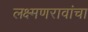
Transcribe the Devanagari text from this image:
लक्ष्मणरावांचा